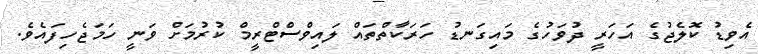
އެވިޑު ކޮލެޖުގެ އަހަރީ ދުވަހުގެ މައިގަނޑު ހަރަކާތްތައް ލައިވްސްޓްރީމް ކުރުމަށް ވަނީ ހަމަޖެހިފައެވެ.